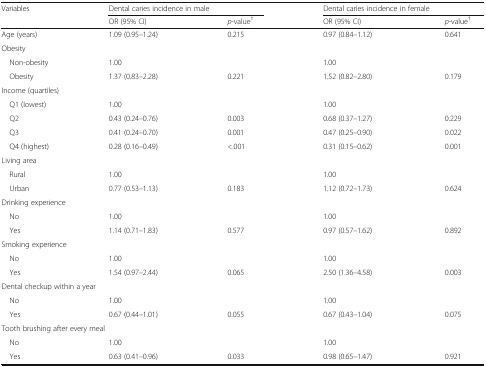
<table><thead><tr><td rowspan="2"><b>Variables</b></td><td colspan="2"><b>Dental caries incidence in male</b></td><td colspan="2"><b>Dental caries incidence in female</b></td></tr><tr><td><b>OR (95% CI)</b></td><td><b><i>p</i>-value<sup>†</sup></b></td><td><b>OR (95% CI)</b></td><td><b><i>p</i>-value<sup>†</sup></b></td></tr></thead><tbody><tr><td>Age (years)</td><td>1.09 (0.95–1.24)</td><td>0.215</td><td>0.97 (0.84–1.12)</td><td>0.641</td></tr><tr><td colspan="5">Obesity</td></tr><tr><td> Non-obesity</td><td>1.00</td><td></td><td>1.00</td><td></td></tr><tr><td> Obesity</td><td>1.37 (0.83–2.28)</td><td>0.221</td><td>1.52 (0.82–2.80)</td><td>0.179</td></tr><tr><td colspan="5">Income (quartiles)</td></tr><tr><td> Q1 (lowest)</td><td>1.00</td><td></td><td>1.00</td><td></td></tr><tr><td> Q2</td><td>0.43 (0.24–0.76)</td><td>0.003</td><td>0.68 (0.37–1.27)</td><td>0.229</td></tr><tr><td> Q3</td><td>0.41 (0.24–0.70)</td><td>0.001</td><td>0.47 (0.25–0.90)</td><td>0.022</td></tr><tr><td> Q4 (highest)</td><td>0.28 (0.16–0.49)</td><td>&lt;.001</td><td>0.31 (0.15–0.62)</td><td>0.001</td></tr><tr><td colspan="5">Living area</td></tr><tr><td> Rural</td><td>1.00</td><td></td><td>1.00</td><td></td></tr><tr><td> Urban</td><td>0.77 (0.53–1.13)</td><td>0.183</td><td>1.12 (0.72–1.73)</td><td>0.624</td></tr><tr><td colspan="5">Drinking experience</td></tr><tr><td> No</td><td>1.00</td><td></td><td>1.00</td><td></td></tr><tr><td> Yes</td><td>1.14 (0.71–1.83)</td><td>0.577</td><td>0.97 (0.57–1.62)</td><td>0.892</td></tr><tr><td colspan="5">Smoking experience</td></tr><tr><td> No</td><td>1.00</td><td></td><td>1.00</td><td></td></tr><tr><td> Yes</td><td>1.54 (0.97–2.44)</td><td>0.065</td><td>2.50 (1.36–4.58)</td><td>0.003</td></tr><tr><td colspan="5">Dental checkup within a year</td></tr><tr><td> No</td><td>1.00</td><td></td><td>1.00</td><td></td></tr><tr><td> Yes</td><td>0.67 (0.44–1.01)</td><td>0.055</td><td>0.67 (0.43–1.04)</td><td>0.075</td></tr><tr><td colspan="5">Tooth brushing after every meal</td></tr><tr><td> No</td><td>1.00</td><td></td><td>1.00</td><td></td></tr><tr><td> Yes</td><td>0.63 (0.41–0.96)</td><td>0.033</td><td>0.98 (0.65–1.47)</td><td>0.921</td></tr></tbody></table>